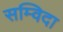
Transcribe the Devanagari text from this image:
सम्विदा